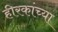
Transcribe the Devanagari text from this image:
हीरकांच्या